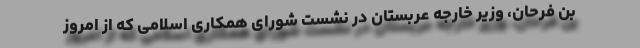
بن فرحان، وزیر خارجه عربستان در نشست شورای همکاری اسلامی که از امروز